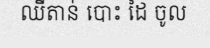
ឈីតាន់ បោះ ដៃ ចូល